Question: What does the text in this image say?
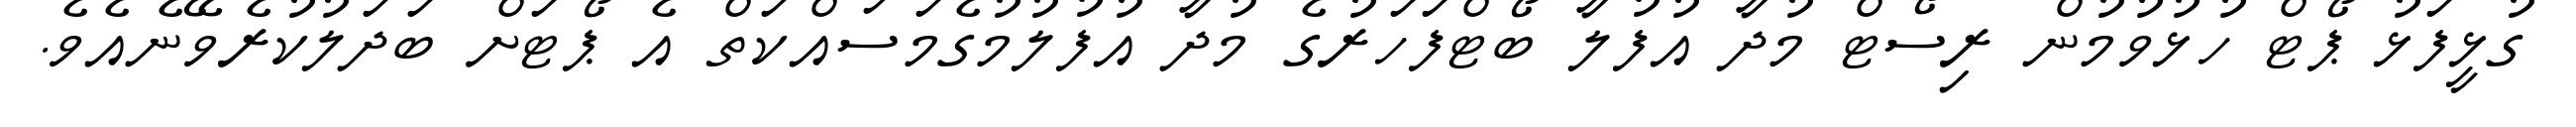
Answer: ގުޅީފަޅު ޕޯޓް ހުޅުވުމުން ރިސޯޓް މުދާ އުފުލާ ބޯޓްފަހަރުގެ މުދާ އުފުލުމުގެމަސައްކަތް އެ ޕޯޓަށް ބަދަލުކުރެވޭނެއެވެ.